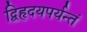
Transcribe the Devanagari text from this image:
द्विहृदयपर्यन्तं